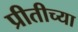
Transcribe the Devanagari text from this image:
प्रीतीच्या